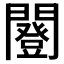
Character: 𨶿